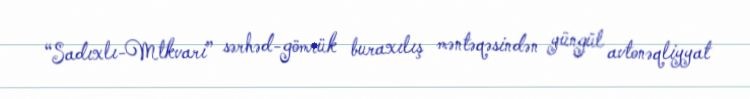
“Sadıxlı-Mtkvari” sərhəd-gömrük buraxılış məntəqəsindən yüngül avtonəqliyyat